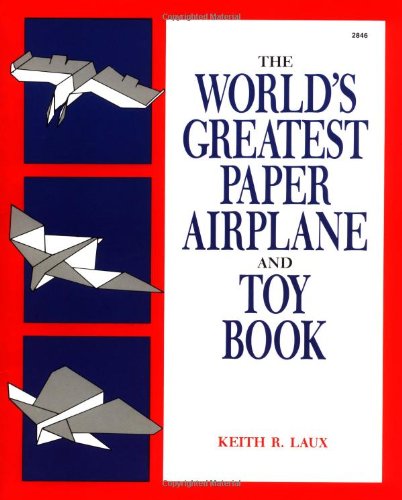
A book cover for The World's Greatest Paper Airplane and Toy Book; Keith Laux; Children's Books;